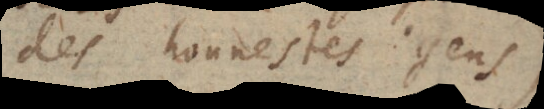
des honnestes gens),